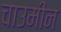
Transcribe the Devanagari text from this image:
चाउमीन